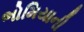
ભોમિયાની